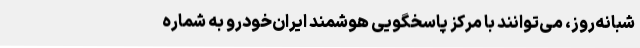
شبانه‌روز، می‌توانند با مرکز پاسخگویی هوشمند ایران‌خودرو به شماره